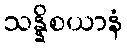
သန္နိစယာနံ